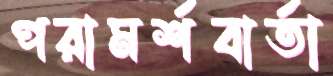
পরামর্শবার্তা